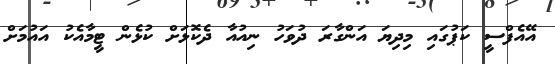
އޭއެފްސީ ކަޕުގައި މިދިޔަ އަންގާރަ ދުވަހު ނިއުއާ ދެކޮޅަށް ކުޅެން ޓީމާއެކު އައުމަށް